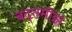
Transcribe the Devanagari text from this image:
बद्तमीझ